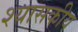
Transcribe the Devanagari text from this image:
श्यासकीय